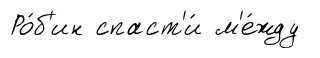
Ро́б'ин спаст'и́ м'е́жду